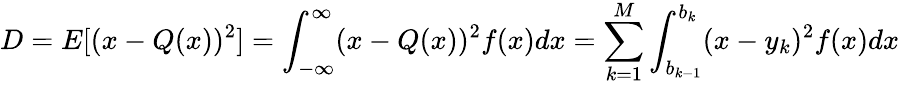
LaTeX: D=E[(x-Q(x))^{2}]=\int_{-\infty}^{\infty}(x-Q(x))^{2}f(x)dx=\sum_{k=1}^{M}\int_{b_{k-1}}^{b_{k}}(x-y_{k})^{2}f(x)dx